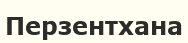
Перзентхана